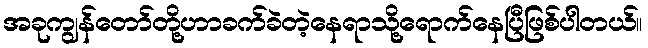
အခုကျွန်တော်တို့ဟာခက်ခဲတဲ့နေရာသို့ရောက်နေပြီဖြစ်ပါတယ်။